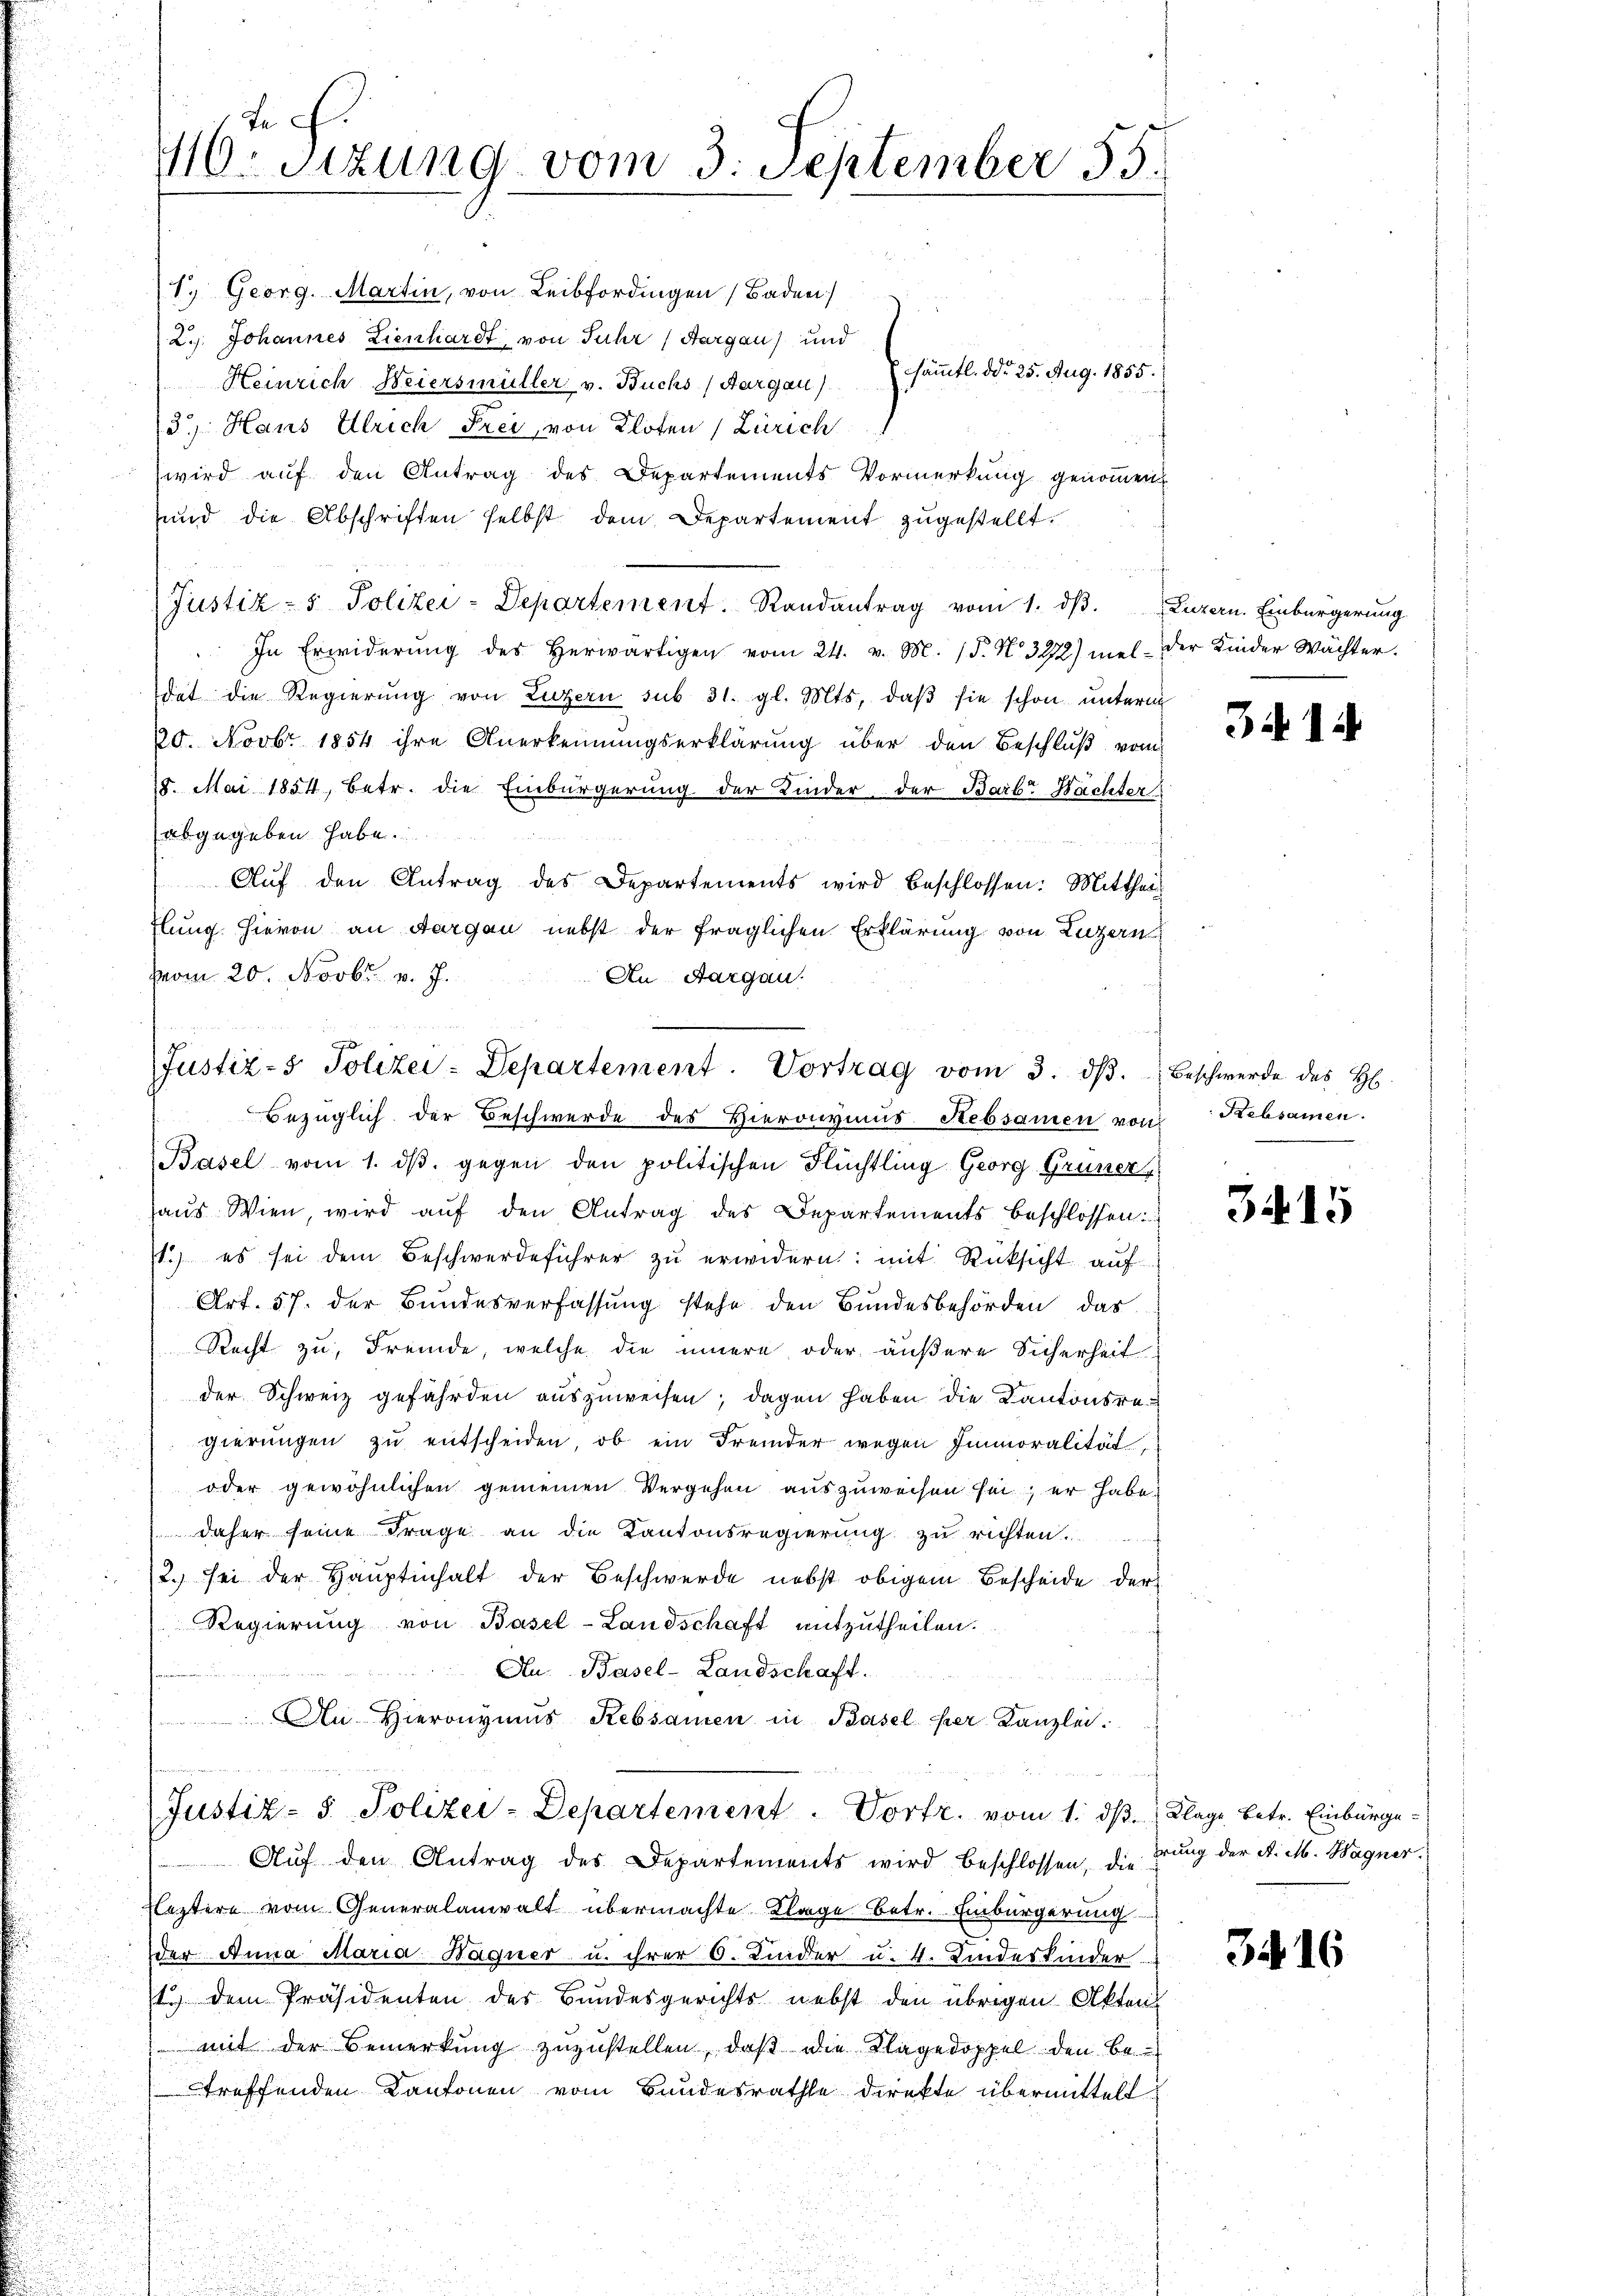
In G
40. sizung vom 3. September 55.

Justiz- Polizei-Departement. Vortrag vom 3. dβ.
bezüglich der Beschwerde des Hieronymus Rebsamen von Rebsamen

1. Georg. Martin, von Leibfordingen (Baden)
2.. Johannes Lienhardt, von Juhr (Aargau) und
sämmtl. ddo 25. Aug. 1855.
Heinrich Weiersmüller v. Buchs (Aargau)
3.) Haus Ulrich Frei, von Kloten (Zürich
wird auf den Antrag des Departements Vormerkung genommen
und die Abschriften selbst dem Departement zugestellt.
(Justiz- & Polizei-Departement. Randantrag vom 1. dβ. Luzern. Einbürgerung
In Erwiderŭng des herwärtigen vom 24. v. M. (§. N. 3272) melder Kinder Wächter.
dat die Regierung von Luzern sub 31. gl. Mts. daβ sie schon unterm
20. Novbr. 1854 ihre Anerkennungserklärung über den Beschluß vom
15. Mai 1854, betr. die Einbürgerung der Kinder, der Barb. Nachter
abgegeben habe.
Aŭf den Antrag des Departements wird beschlossen: Mitthal
flung. Hievon an Aargau nebst der fraglichen Erklärung von Luzern
Hom 20. Novbr. v. J.
An Aargau.

Basel vom 1. dβ. gegen den politischen Flüchtling Georg Grüner
aus Wien, wird auf den Antrag des Departements beschlossen:
1.) es sei dem Beschwerdeführer zu erwidern: mit Rücksicht auf
Art. 57. der Bundesverfassung stehe den Bundesbehörden, das
Recht zu, Fremde, welche die innere oder äußere Sicherheit
der Schweiz gefährden auszuweisen; dagen haben die Kantonsregierungen zu entscheiden, ob ein Fremder wegen Immoralität
oder gewöhnlichen gemeinen Vergehen auszuweisen sei; er habe,
 daher seine Frage an die Kantonsregierung zu richten.
2.) sei der Hauptinhalt der Beschwerde nebst obigem Bescheide der
Regierung von Basel-Landschaft mitzutheilen.
Au. Basel-Landschaft.
An Hieronymus Rebsamen in Basel her Kanzlei.
Justiz- & Polizei-Departement. Vortr. vom 1. ds.
Aŭf den Antrag des Departements wird beschlossen, die drung der K. M. Wagner.
Fleztere vom Generalanwalt übermachte Klage betr. Einbürgerung
der Anna Maria Bagner u. ihrer 6. Kinder u. 4. Kindeskinder
t. dem Präsidenten des Bundesgerichts nebst den übrigen Akten
mit der Bemerkung zuzustellen, daß die Klagedoppel den betreffenden Kantonen vom Bandesrathe direkte übermittelt.

3414

Beschwerde des H

3415

Klage betr. Einburge-

3416